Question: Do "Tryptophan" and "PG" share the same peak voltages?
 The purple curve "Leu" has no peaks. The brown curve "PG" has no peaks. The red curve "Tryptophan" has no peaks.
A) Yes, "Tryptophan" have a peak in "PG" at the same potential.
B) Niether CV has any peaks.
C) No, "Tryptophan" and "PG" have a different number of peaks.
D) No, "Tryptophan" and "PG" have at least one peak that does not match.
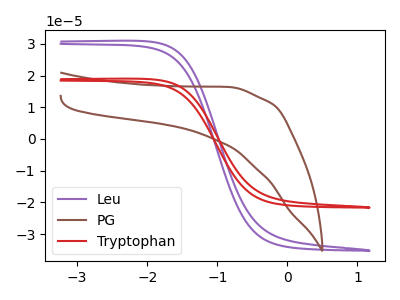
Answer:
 <answer>B) Niether CV has any peaks.</answer>
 <eval>B</eval>